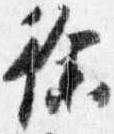
徐